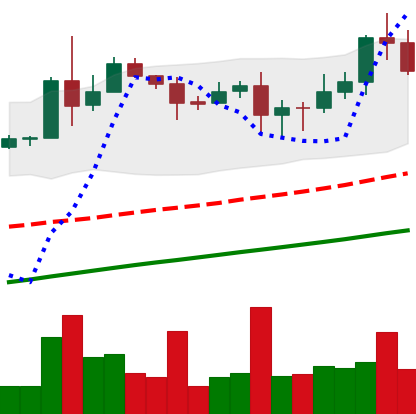
Ticker: XLM-USD
Chart end date: 2020-08-18
Forward return: -5.259%
Label: down_5_7